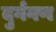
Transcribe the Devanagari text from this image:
दुर्गगण